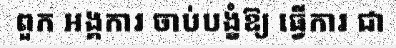
ពួក អង្គការ ចាប់បង្ខំឱ្យ ធ្វើការ ជា